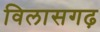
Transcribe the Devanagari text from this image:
विलासगढ़